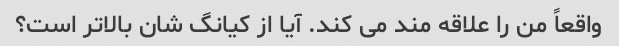
واقعاً من را علاقه مند می کند. آیا از کیانگ شان بالاتر است؟